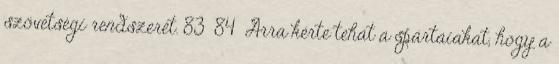
szövetségi rendszerét. 83 84 Arra kérte tehát a spártaiakat, hogy a